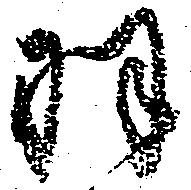
羽